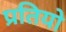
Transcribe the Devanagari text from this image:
प्रतियो